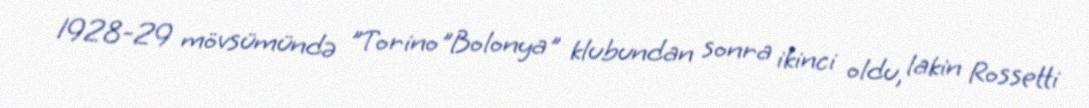
1928-29 mövsümündə "Torino"Bolonya" klubundan sonra ikinci oldu, lakin Rossetti